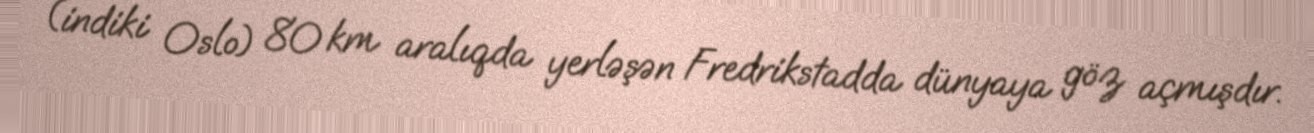
(indiki Oslo) 80 km aralıqda yerləşən Fredrikstadda dünyaya göz açmışdır.